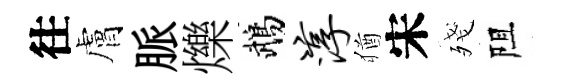
往膚脈爍鵡淳猶宋殘阻